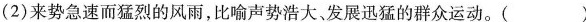
（2）来势急速而猛烈的风雨，比喻声势浩大、发展迅猛的群众运动。( ）